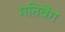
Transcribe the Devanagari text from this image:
गतिवेग